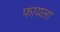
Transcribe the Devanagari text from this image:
फायला